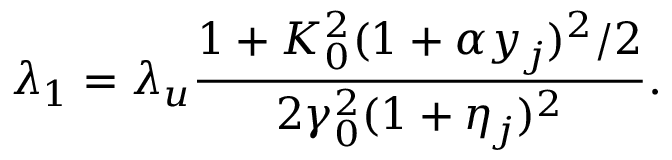
\lambda _ { 1 } = \lambda _ { u } \frac { 1 + K _ { 0 } ^ { 2 } ( 1 + \alpha y _ { j } ) ^ { 2 } / 2 } { 2 \gamma _ { 0 } ^ { 2 } ( 1 + \eta _ { j } ) ^ { 2 } } .